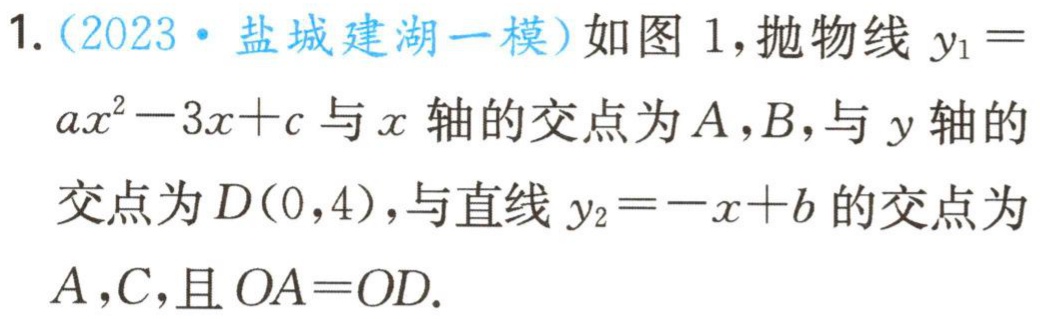
1.（2023·盐城建湖一模）如图1，抛物线\(y_{1}=ax^{2}-3x + c\)与\(x\)轴的交点为\(A,B\)，与\(y\)轴的交点为\(D(0,4)\)，与直线\(y_{2}=-x + b\)的交点为\(A,C\)，且\(OA = OD\).